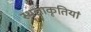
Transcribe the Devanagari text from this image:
स्थलाकृतियां